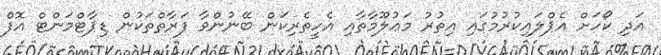
އަދި ކޯހަށް އެޕްލައިކުރުމުގައި އިތުރު މަޢުލޫމާތާއި އެހީތެރިކަން ބޭނުންވާ ފަރާތްތަކުން ޑިޕާޓްމަންޓް އޮފް